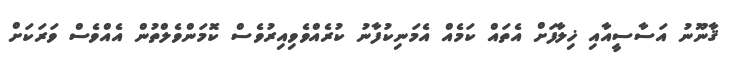
ޤާނޫނު އަސާސީއާއި ޚިލާފަށް އެތައް ކަމެއް އެމަނިކުފާނު ކުރެއްވެވިއިރުވެސް ކޮމަންވެލްތުން އެއްވެސް ވަރަކަށް